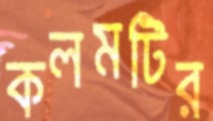
কলমটির